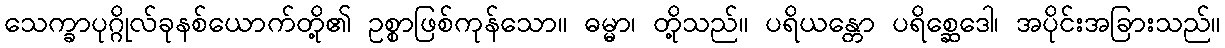
သေက္ခာပုဂ္ဂိုလ်ခုနစ်ယောက်တို့၏ ဥစ္စာဖြစ်ကုန်သော။ ဓမ္မာ၊ တို့သည်။ ပရိယန္တော ပရိစ္ဆေဒေါ၊ အပိုင်းအခြားသည်။